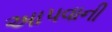
અાપવાની